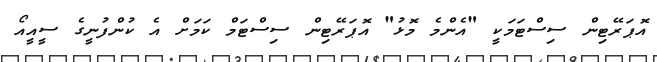
އޮޕަރޭޓިން ސިސްޓަމަކީ "އެންމެ މޮޅު" އޮޕަރޭޓިން ސިސްޓަމް ކަމަށް އެ ކުންފުނީގެ ސީއީއޯ